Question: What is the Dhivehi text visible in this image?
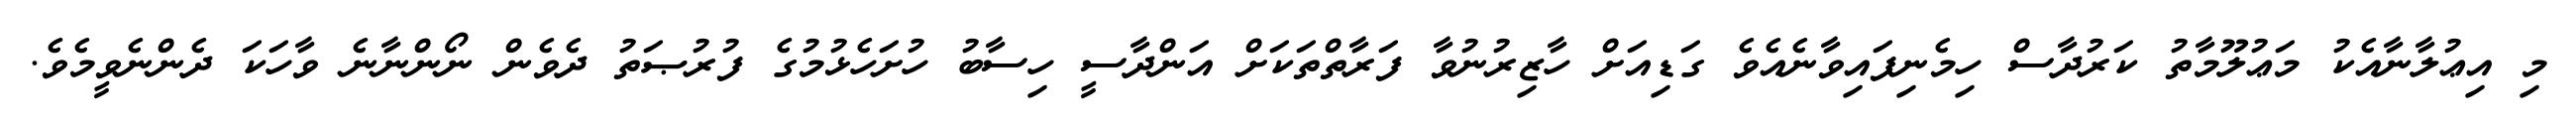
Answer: މި އިޢުލާނާއެކު މަޢުލޫމާތު ކަރުދާސް ހިމެނިފައިވާނެއެވެ ގަޑިއަށް ހާޒިރުނުވާ ފަރާތްތަކަށް އަންދާސީ ހިސާބު ހުށަހެޅުމުގެ ފުރުޞަތު ދެވެން ނޯންނާނެ ވާހަކަ ދެންނެވީމެވެ.